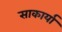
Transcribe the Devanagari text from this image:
साकार्या